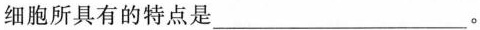
细胞所具有的特点是___。